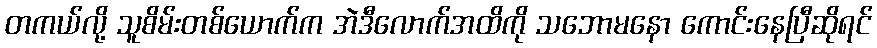
တကယ်လို့ သူစိမ်းတစ်ယောက်က အဲဒီလောက်အထိကို သဘောမနော ကောင်းနေပြီဆိုရင်